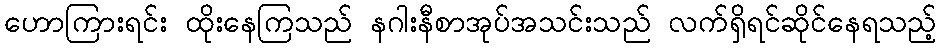
ဟောကြားရင်း ထိုးနေကြသည် နဂါးနီစာအုပ်အသင်းသည် လက်ရှိရင်ဆိုင်နေရသည့်